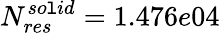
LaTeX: N_{res}^{so\mathtt{l}id}=1.476e04